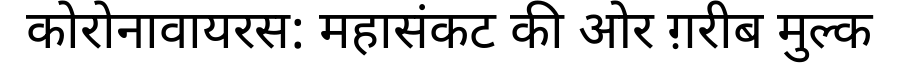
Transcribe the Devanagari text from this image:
कोरोनावायरस: महासंकट की ओर ग़रीब मुल्क